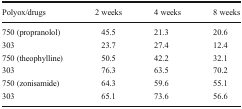
<table><thead><tr><td><b>Polyox/drugs</b></td><td><b>2 weeks</b></td><td><b>4 weeks</b></td><td><b>8 weeks</b></td></tr></thead><tbody><tr><td>750 (propranolol)</td><td>45.5</td><td>21.3</td><td>20.6</td></tr><tr><td>303</td><td>23.7</td><td>27.4</td><td>12.4</td></tr><tr><td>750 (theophylline)</td><td>50.5</td><td>42.2</td><td>32.1</td></tr><tr><td>303</td><td>76.3</td><td>63.5</td><td>70.2</td></tr><tr><td>750 (zonisamide)</td><td>64.3</td><td>59.6</td><td>55.1</td></tr><tr><td>303</td><td>65.1</td><td>73.6</td><td>56.6</td></tr></tbody></table>